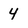
Character: 4